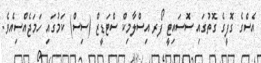
އެސްގެ ގޮފީގެ ގޮތުގައި ސޮސައިޓީ ފޯރ އިސްލާމިކް ސްޓަޑީޒް (ސިސް) ކަމުގައި ހަމަޖެއްސިއެވެ.